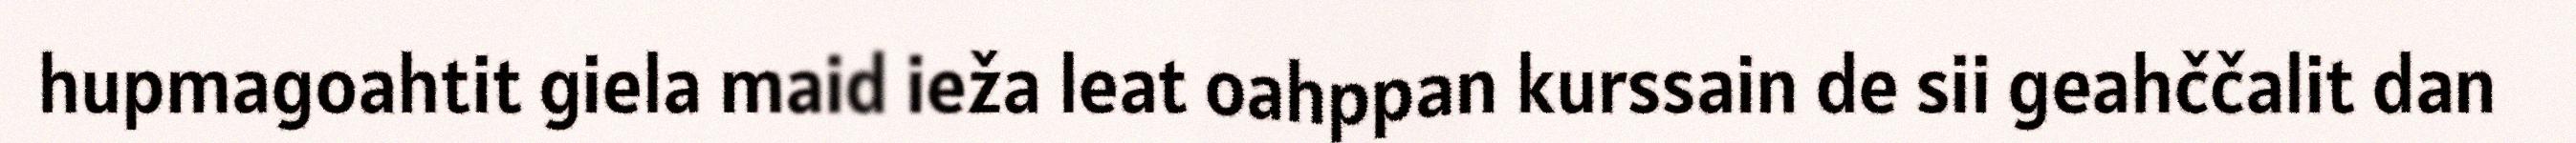
hupmagoahtit giela maid ieža leat oahppan kurssain de sii geahččalit dan